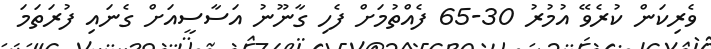
ވެރިކަން ކުރެވޭ އުމުރު 30-65 ފެއްތުމަށް ފެހި ގާނޫނު އަސާސީއަށް ގެނައި ފުރަތަމަ